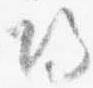
帰